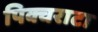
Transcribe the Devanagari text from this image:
पिक्चराटा